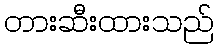
တားဆီးထားသည်